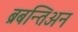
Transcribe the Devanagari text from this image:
ब्रबन्तिअन